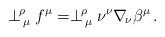
LaTeX: \begin{align*}\perp^{\!\rho}_{\,\mu} f^\mu= \perp^{\!\rho}_{\,\mu}\nu^\nu\nabla_{\!\nu}\beta^\mu\, .\end{align*}